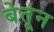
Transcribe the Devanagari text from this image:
बेतून